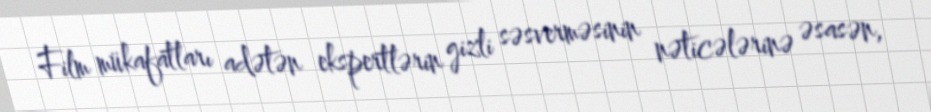
Film mükafatları adətən ekspertlərin gizli səsverməsinin nəticələrinə əsasən,